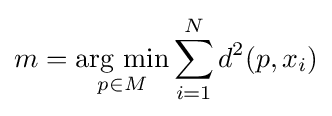
m=\mathop {\text{arg min}} _{p\in M}\sum _{i=1}^{N}d^{2}(p,x_{i})